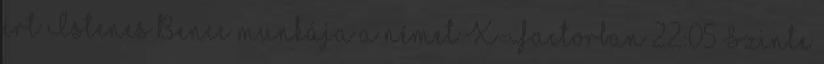
ért Istenes Bence munkája a német X-Factorban 22:05 Szinte